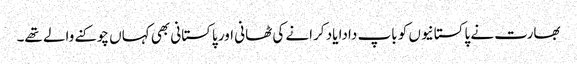
بھارت نے پاکستانیوں کو باپ دادا یاد کرانے کی ٹھانی اور پاکستانی بھی کہاں چوکنے والے تھے۔